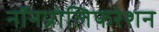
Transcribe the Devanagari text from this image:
नॉनप्रोलिफरेशन